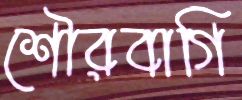
শৌরবাগি